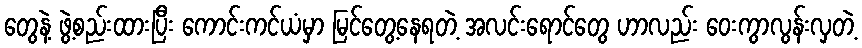
တွေနဲ့ ဖွဲ့စည်းထားပြီး ကောင်းကင်ယံမှာ မြင်တွေ့နေရတဲ့ အလင်းရောင်တွေ ဟာလည်း ဝေးကွာလွန်းလှတဲ့